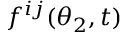
f ^ { i j } ( \theta _ { 2 } , t )